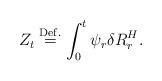
LaTeX: \begin{align*}Z_t \overset{\mathrm{Def.}}{=}\int_0^t\psi_r\delta R_r^H.\end{align*}